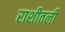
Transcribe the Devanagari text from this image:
राशीतली